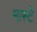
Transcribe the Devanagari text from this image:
मास्टे